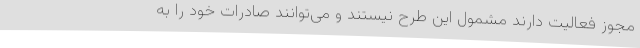
مجوز فعالیت دارند مشمول این طرح نیستند و می‌توانند صادرات خود را به